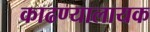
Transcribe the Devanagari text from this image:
काढण्यालायक